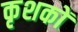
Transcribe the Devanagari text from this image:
कृशकों